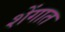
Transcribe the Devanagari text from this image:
शेंगात